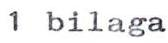
1 bilaga